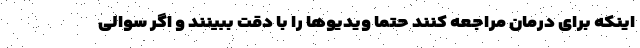
اینکه برای درمان مراجعه کنند حتما ویدیوها را با دقت ببینند و اگر سوالی